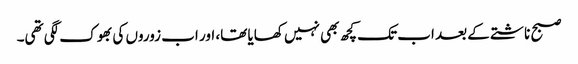
صبح ناشتے کے بعد اب تک کچھ بھی نہیں کھایا تھا، اور اب زوروں کی بھوک لگی تھی۔